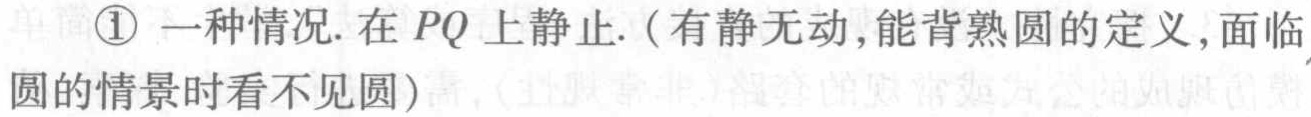
\textcircled{1} 一种情况. 在 \(PQ\) 上静止.（有静无动,能背熟圆的定义,面临圆的情景时看不见圆）